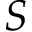
S